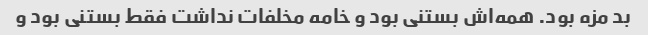
بد مزه بود. همه‌اش بستنی بود و خامه مخلفات نداشت فقط بستنی بود و